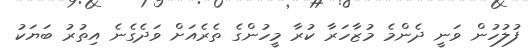
ފުލުހުން ވަނީ ދެންމެ މުޒާހަރާ ކުރާ މީހުންގެ ތެރެއަށް ވަދެގެނެ އިތުރު ބަޔަކު